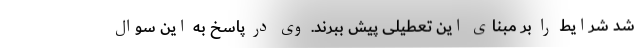
شد شرایط را بر مبنای این تعطیلی پیش ببرند. وی در پاسخ به این سوال